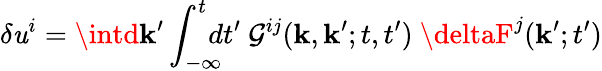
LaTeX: \delta\mathit{u}^{i}=\intd{\mathbf{{k}}}^{\prime}\int_{-\infty}^{t}\! \! \! \! dt^{\prime}\ {\cal{G}}^{ij}({\mathbf{{k}}},{\mathbf{{k}}}^{\prime};t,t^{\prime})\ \deltaF^{j}({\mathbf{{k}}}^{\prime};t^{\prime})